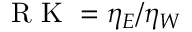
\mathrm { ~ R ~ K ~ } = \eta _ { E } / \eta _ { W }